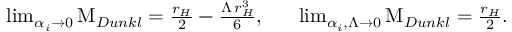
\begin{array} { r } { \operatorname* { l i m } _ { \alpha _ { i } \rightarrow 0 } \mathrm { M } _ { D u n k l } = \frac { r _ { H } } { 2 } - \frac { \Lambda \, r _ { H } ^ { 3 } } { 6 } , \, \, \, \, \, \, \, \, \, \, \operatorname* { l i m } _ { \alpha _ { i } , \Lambda \rightarrow 0 } \mathrm { M } _ { D u n k l } = \frac { r _ { H } } { 2 } . } \end{array}